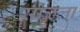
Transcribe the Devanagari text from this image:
सोळला